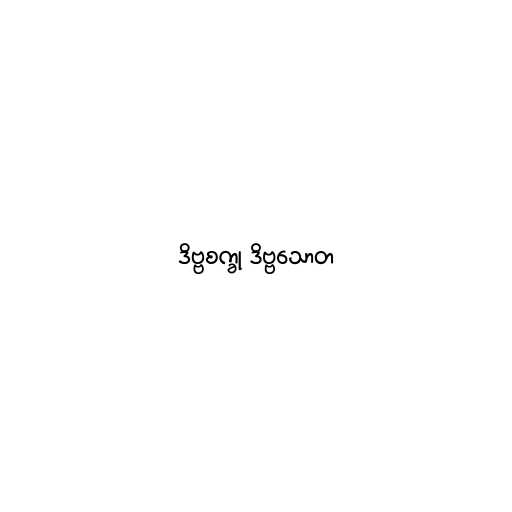
ဒိဗ္ဗစက္ခု ဒိဗ္ဗသောတ